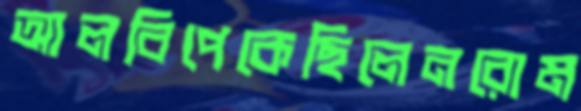
আলবিপেকেছিলেনরোম